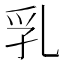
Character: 乳